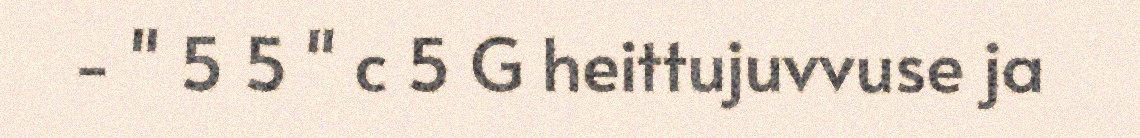
- " 5 5 " c 5 G heittujuvvuse ja